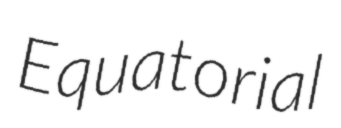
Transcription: Equatorial